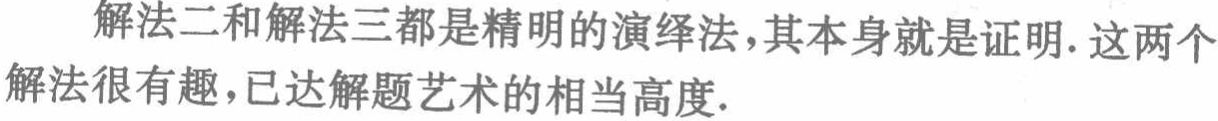
解法二和解法三都是精明的演绎法,其本身就是证明.这两个解法很有趣,已达解题艺术的相当高度.